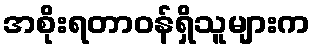
အစိုးရတာဝန်ရှိသူများက